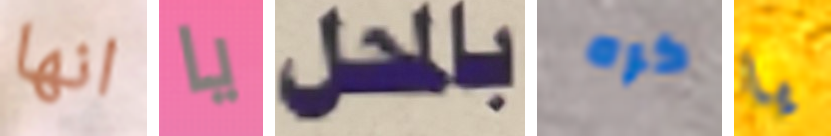
انها يا بالمحل كره يا